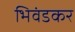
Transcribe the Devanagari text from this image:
भिवंडकर